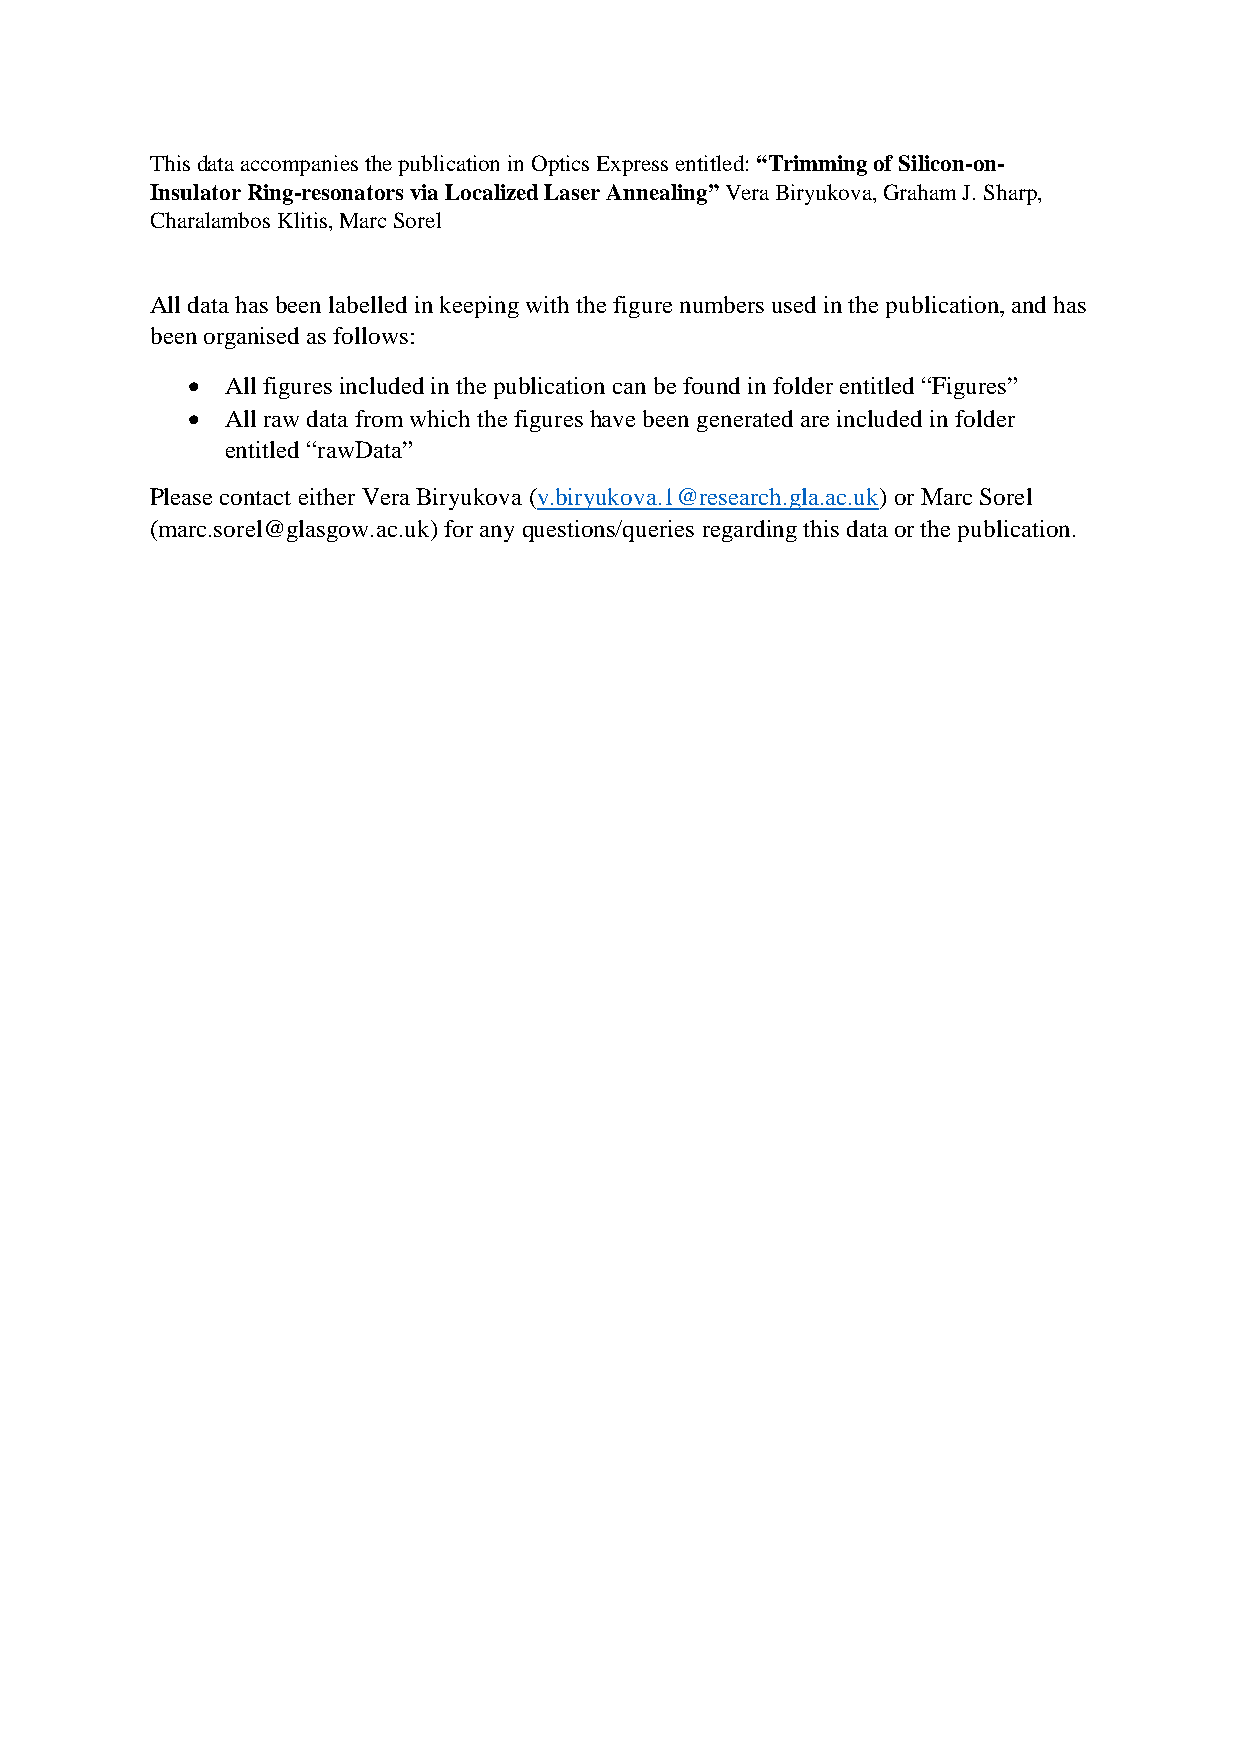
This data accompanies the publication in Optics Express entitled: “Trimming of Silicon-on-
 Insulator Ring-resonators via Localized Laser Annealing” Vera Biryukova, Graham J. Sharp,
 Charalambos Klitis, Marc Sorel
 All data has been labelled in keeping with the figure numbers used in the publication, and has
 been organised as follows:
   All figures included in the publication can be found in folder entitled “Figures”
   All raw data from which the figures have been generated are included in folder
 entitled “rawData”
 Please contact either Vera Biryukova (v.biryukova.1@research.gla.ac.uk) or Marc Sorel
 (marc.sorel@glasgow.ac.uk) for any questions/queries regarding this data or the publication.